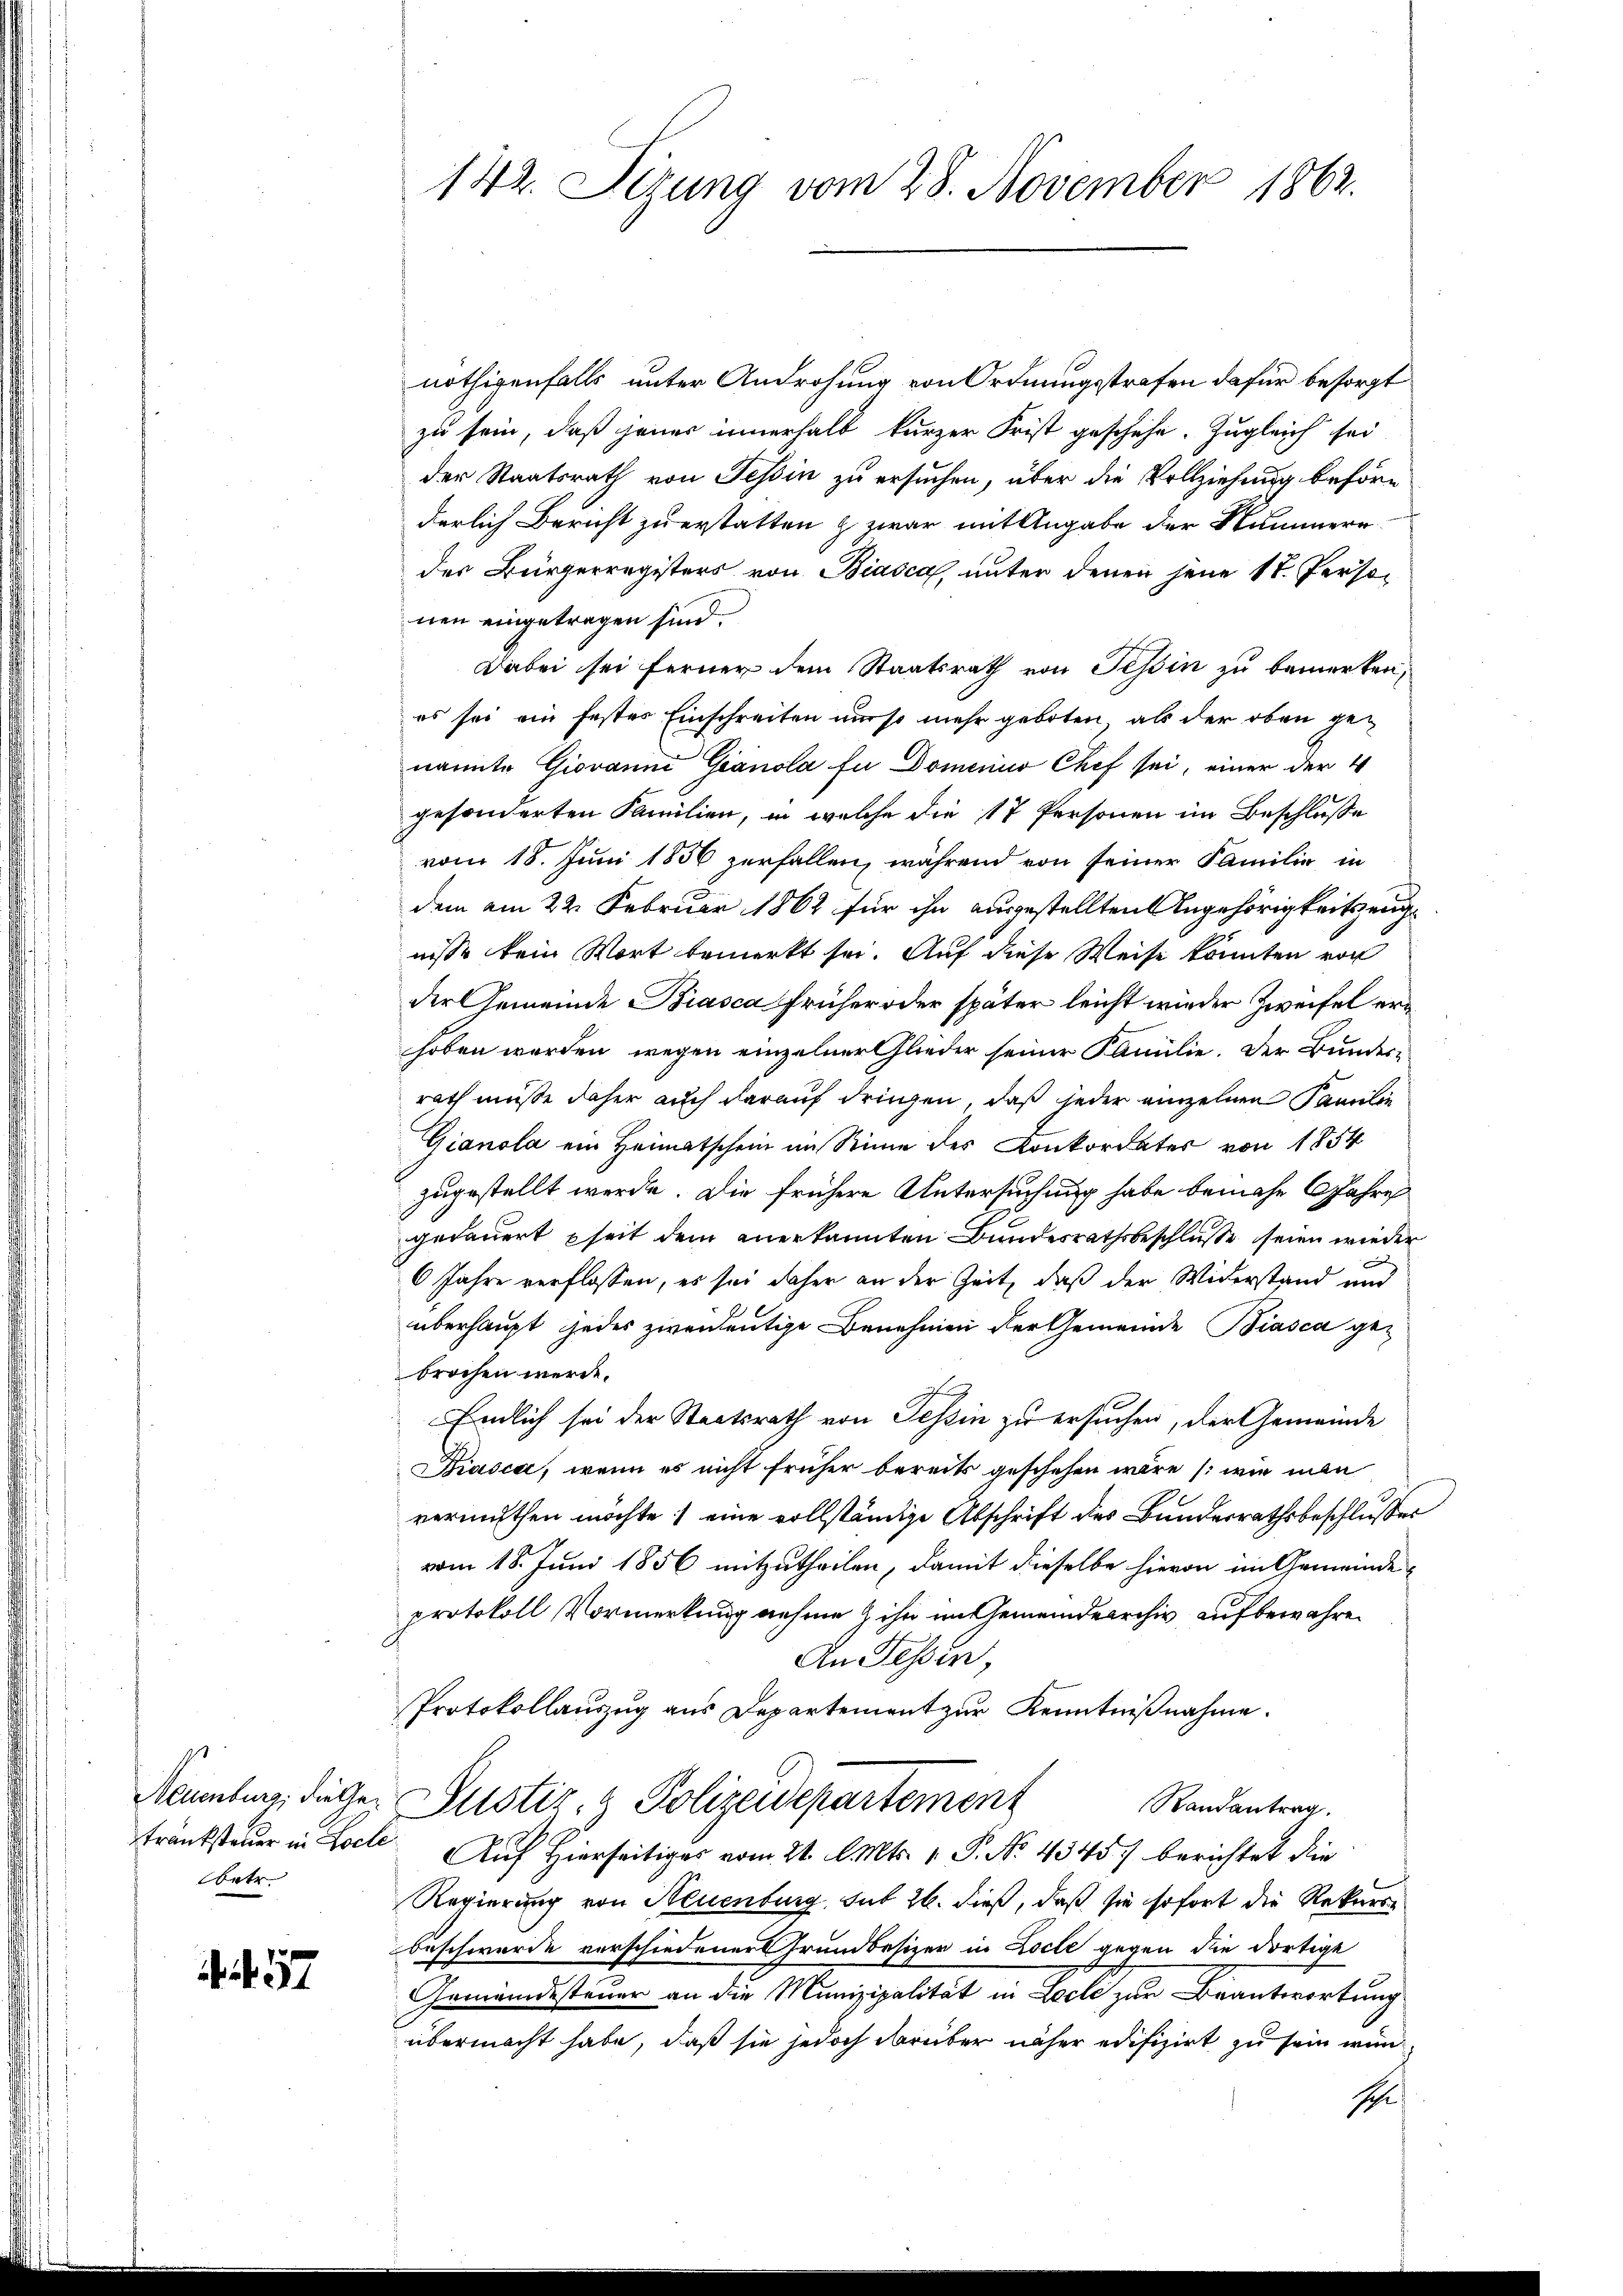
betr.

. f. 57

nöthigenfalls unter Androhung von Ordnungsstrafen dafür besorgt
zu sein, daß jener innerhalb kurzer Frist geschehe. Zugleich sei
der Staatsrath von Tessin zu ersuchen, über die Vollziehung behöre
derlich Bericht zu erstatten & zwar mit Angabe der Nummerr
des Bürgerregisters von Biasca, unter denen jene 18. Personen eingetragen sind.
Dabei sei ferner dem Staatsrath von Tessin zu bemerken,
es sei ein festes Einschreiten nur so mehr geboten, als der oben genannte Giovanni Gianola fu Domenio Chef sei, einer der 4
gesonderten Familien, in welche die 17 Personen im Beschlusse
vom 18. Juni 1856 zerfallen, während von seiner Familie in
dem am 22. Februar 1862 für ihn ausgestellten Angehörigkeitszeugnisse kein Wort bemerkt sei. Auf diese Weise konnten von
der Gemeinde Biasca früher oder später leicht wieder Zweifel erhoben werden, wegen einzelner Glieder seiner Familie. Der Bundes-
rath müsse daher auch darauf dringen, daß jeder einzelnen Familie
Gianola ein Heimatschein im Stimme des Konkordates von 1854
zugestellt werde. Die frühere Untersuchung habe bemehr 6 Jahre
gedauert seit dem anerkannten Bundesrathsbeschluße seien wieder
6 Jahre verflossen, es sei daher an der Zeit, daß der Widerstand und
überhaupt jedes zweideutige Benehmen der Gemeinde Biasca ge-
brochen werde.
findlich sei der Staatsrath von Tessin zu ersuchen, der Gemeinde
Kasca, wenn es nicht früher bereits geschehen wäre (wie man
vermuthen möchte) eine vollständige Abschrift des Bundesrathsbeschlusser
vom 18. Juni 1856 mitzutheilen, damit dieselbe hievon im Gemeinde
protokoll Vormerkung nehme & ihn im Gemeindearchiv aufbewahren
An Tessin,
Protokollauszug aus Departement zur Kenntnißnahme.
Naumburg, dieser Justiz- & Polizeidepartement
Randantrag.
tränksteŭer in Loche Auf Hierseitiges vom 21. d. Mts. 1. P. No. 4345) berichtet die
Regierung von Neuenburg, sub 26. dieß, daß sie sofort die Rekursbeschwerde verschiedener Grundbesizer in Locte gegen die dortigt
Gemeindesteuer an die Munizipalität in Loche zur Beantwortung
übermacht habe, daß sie jedoch darüber näher edifizirt zu sein wund
shr.

142. Sizung vom 28. November 1862.